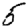
Digit: 5